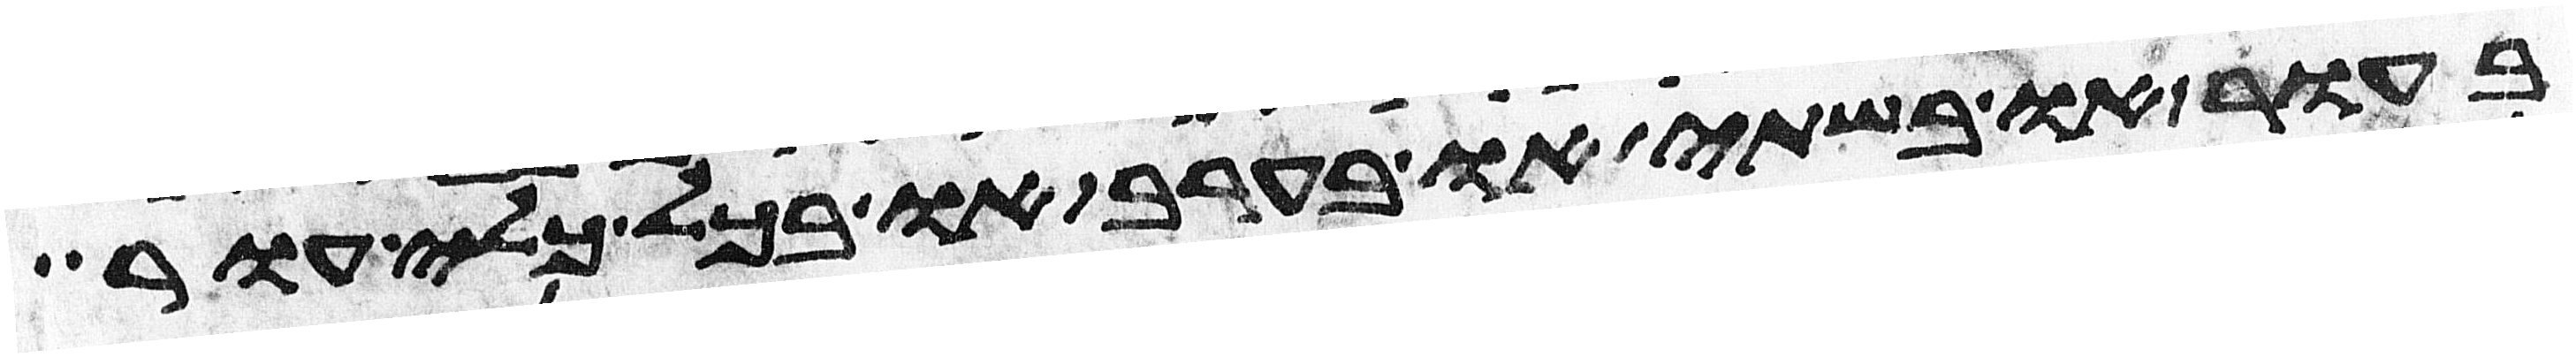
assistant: בעור או בשתי או בערב או בכל כלי עור